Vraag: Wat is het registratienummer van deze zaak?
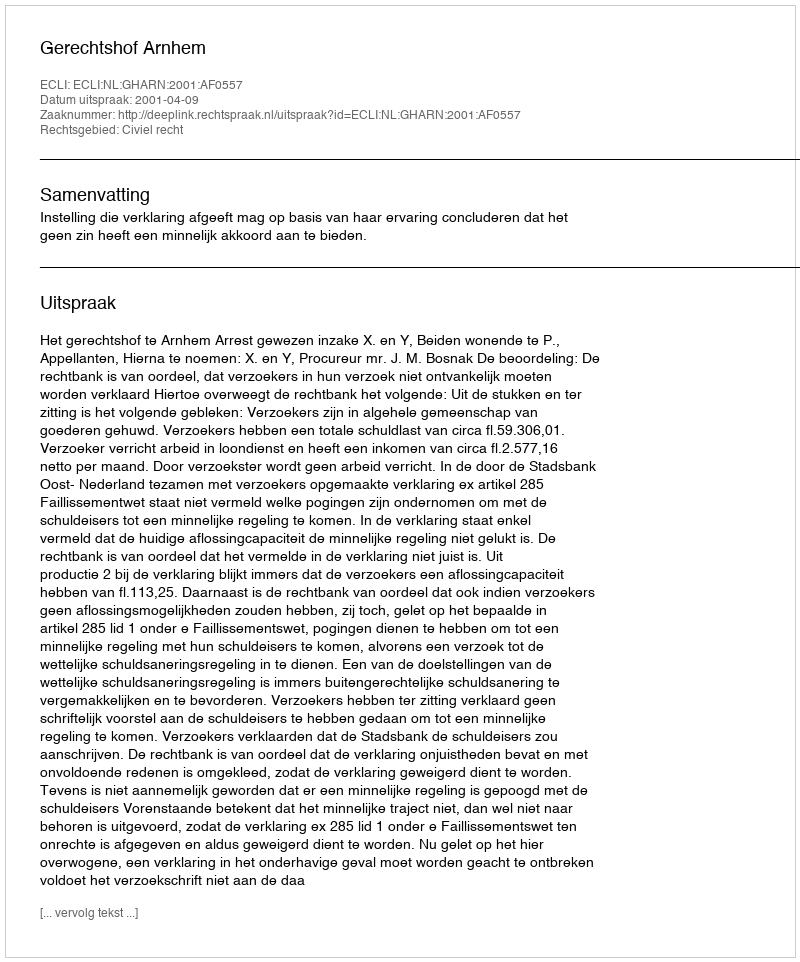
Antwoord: http://deeplink.rechtspraak.nl/uitspraak?id=ECLI:NL:GHARN:2001:AF0557